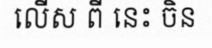
លើស ពី នេះ ចិន